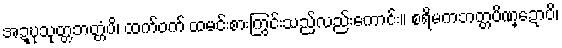
အဍ္ဎုသုတ္တဘတ္တံပိ၊ ထက်ဝက် ထမင်းစားကြွင်းသည်လည်းကောင်း။ စရိမကဘတ္တပိဏ္ဍောပိ၊